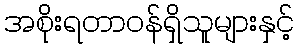
အစိုးရတာဝန်ရှိသူများနှင့်